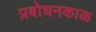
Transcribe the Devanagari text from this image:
प्रबोधनकाळ